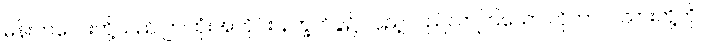
မိန်းကလေးတို့သည် ဤထုံးအတိုင်း နက္ခတ်ပွဲ၌ လှည့်လည်လာကြသော ကိုကာလသားတို့ကို